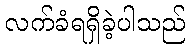
လက်ခံရရှိခဲ့ပါသည်